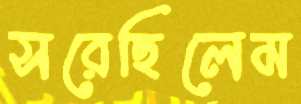
সরেছিলেম